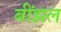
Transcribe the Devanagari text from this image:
बींझल